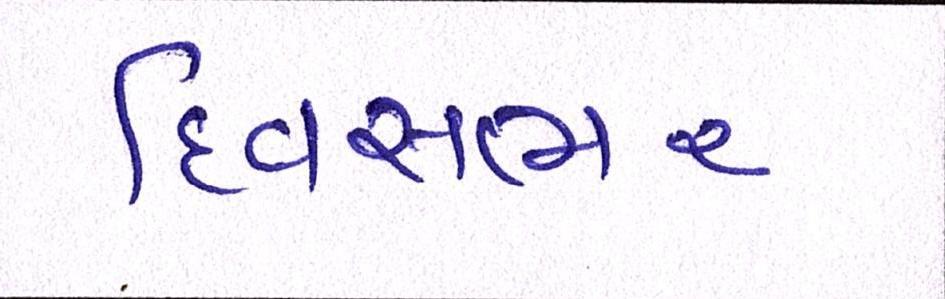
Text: દિવસભર